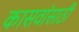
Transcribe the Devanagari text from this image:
कासवांसाठी